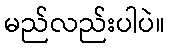
မည်လည်းပါပဲ။